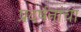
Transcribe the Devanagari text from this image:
प्रदर्षनांचा